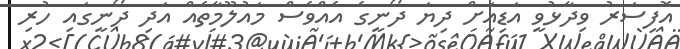
އޮފިސަރު ވިދާޅުވީ އަޑިއަށް ދިޔަ ދޯނީގެ އެއްވެސް މައުލޫމާތެއް އަދި ދޯނީގައި ހުރި